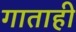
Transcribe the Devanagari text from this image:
गाताही